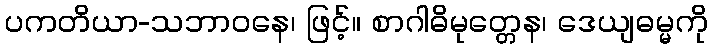
ပကတိယာ-သဘာဝနေ၊ ဖြင့်။ စာဂါဓိမုတ္တေန၊ ဒေယျဓမ္မကို